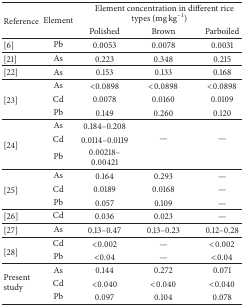
<table><thead><tr><td rowspan="2"><b>Reference</b></td><td rowspan="2"><b>Element</b></td><td colspan="3"><b> Element concentration in different rice types (mg kg<sup>−1</sup>)</b></td></tr><tr><td><b>Polished</b></td><td><b>Brown</b></td><td><b>Parboiled</b></td></tr></thead><tbody><tr><td>[6]</td><td>Pb</td><td>0.0053</td><td>0.0078</td><td>0.0031</td></tr><tr><td>[21]</td><td>As</td><td>0.223</td><td>0.348</td><td>0.215</td></tr><tr><td>[22]</td><td>As</td><td>0.153</td><td>0.133</td><td>0.168</td></tr><tr><td rowspan="3">[23]</td><td>As</td><td>&lt;0.0898</td><td>&lt;0.0898</td><td>&lt;0.0898</td></tr><tr><td>Cd</td><td>0.0078</td><td>0.0160</td><td>0.0109</td></tr><tr><td>Pb</td><td>0.149</td><td>0.260</td><td>0.120</td></tr><tr><td rowspan="3">[24] </td><td>As</td><td>0.184–0.208</td><td rowspan="3">—</td><td rowspan="3">—</td></tr><tr><td>Cd</td><td>0.0114–0.0119</td></tr><tr><td>Pb</td><td>0.00218–0.00421</td></tr><tr><td rowspan="3">[25] </td><td>As</td><td>0.164</td><td>0.293</td><td>—</td></tr><tr><td>Cd</td><td>0.0189</td><td>0.0168</td><td>—</td></tr><tr><td>Pb</td><td>0.057</td><td>0.109</td><td>—</td></tr><tr><td>[26]</td><td>Cd</td><td>0.036</td><td>0.023</td><td>—</td></tr><tr><td>[27]</td><td>As</td><td>0.13–0.47</td><td>0.13–0.23</td><td>0.12–0.28</td></tr><tr><td rowspan="2">[28] </td><td>Cd</td><td>&lt;0.002</td><td>—</td><td>&lt;0.002</td></tr><tr><td>Pb</td><td>&lt;0.04</td><td>—</td><td>&lt;0.04</td></tr><tr><td rowspan="3">Present study</td><td>As</td><td>0.144</td><td>0.272</td><td>0.071</td></tr><tr><td>Cd</td><td>&lt;0.040</td><td>&lt;0.040</td><td>&lt;0.040</td></tr><tr><td>Pb</td><td>0.097</td><td>0.104</td><td>0.078</td></tr></tbody></table>